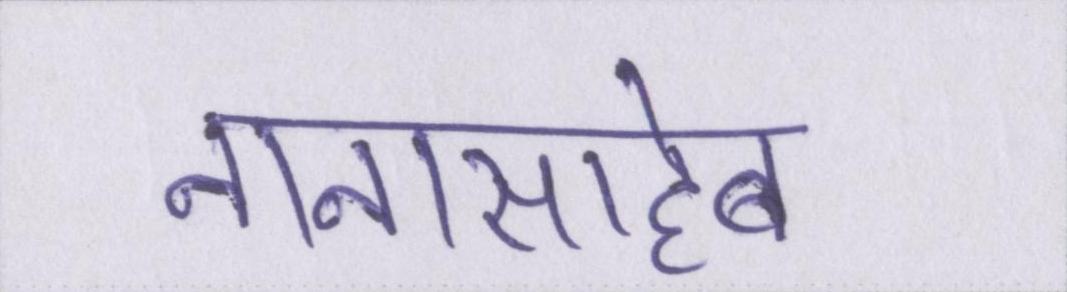
नानासाहेब